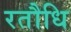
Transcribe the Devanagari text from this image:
रतौधि